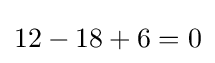
12-18+6=0